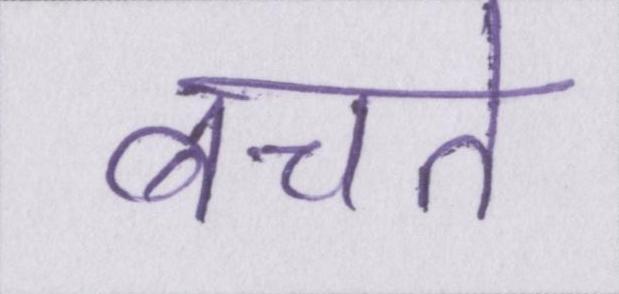
बचते